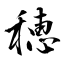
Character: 穂